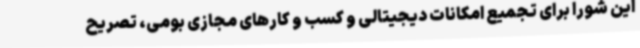
این شورا برای تجمیع امکانات دیجیتالی و کسب و کارهای مجازی بومی، تصریح